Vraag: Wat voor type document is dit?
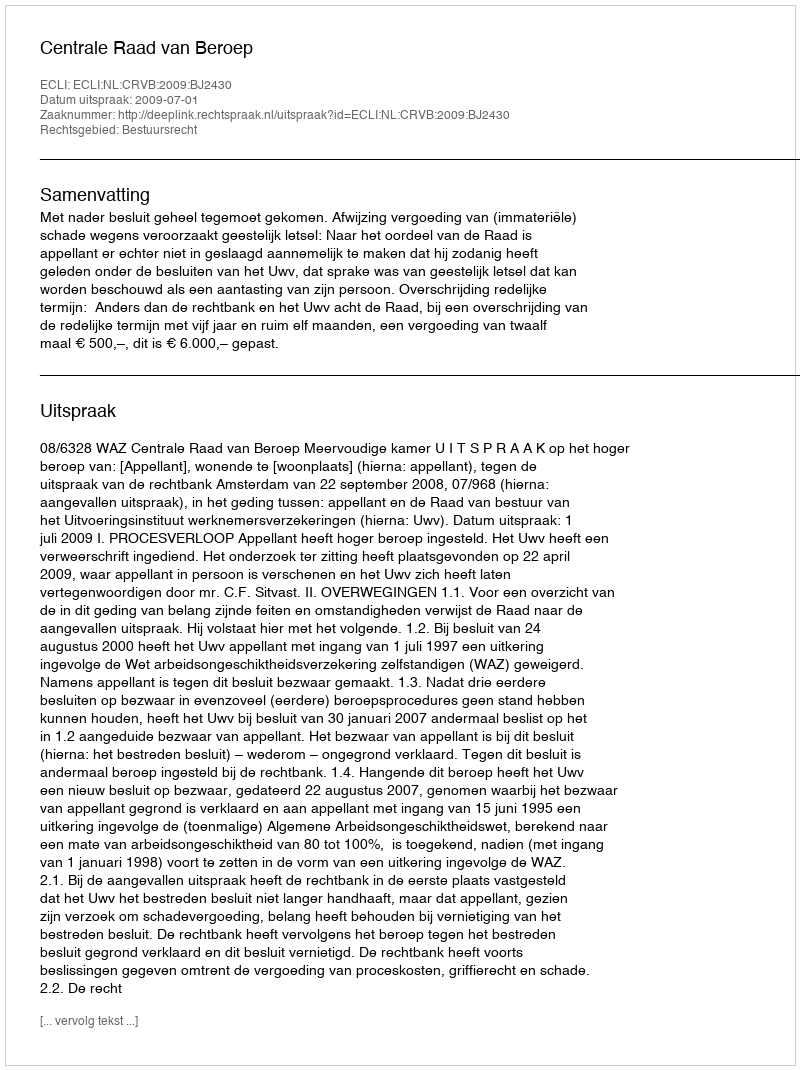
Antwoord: Uitspraak